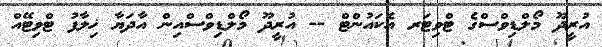
އުރީދޫ މޯލްޑިވްސްގެ ޓްވިޓަރ އެކައުންޓް -- އުރީދޫ މޯލްޑިވްސްއިން އާދަޔާ ޚިލާފު ޓްވިޓޭއް